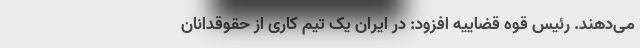
می‌دهند. رئیس قوه قضاییه افزود: در ایران یک تیم کاری از حقوقدانان